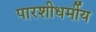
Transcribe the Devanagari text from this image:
पारशीधर्मीय